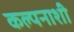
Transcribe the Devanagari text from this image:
कल्पनाशी